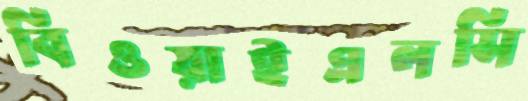
বিওয়াইএলসি